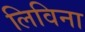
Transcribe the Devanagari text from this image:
लिविना